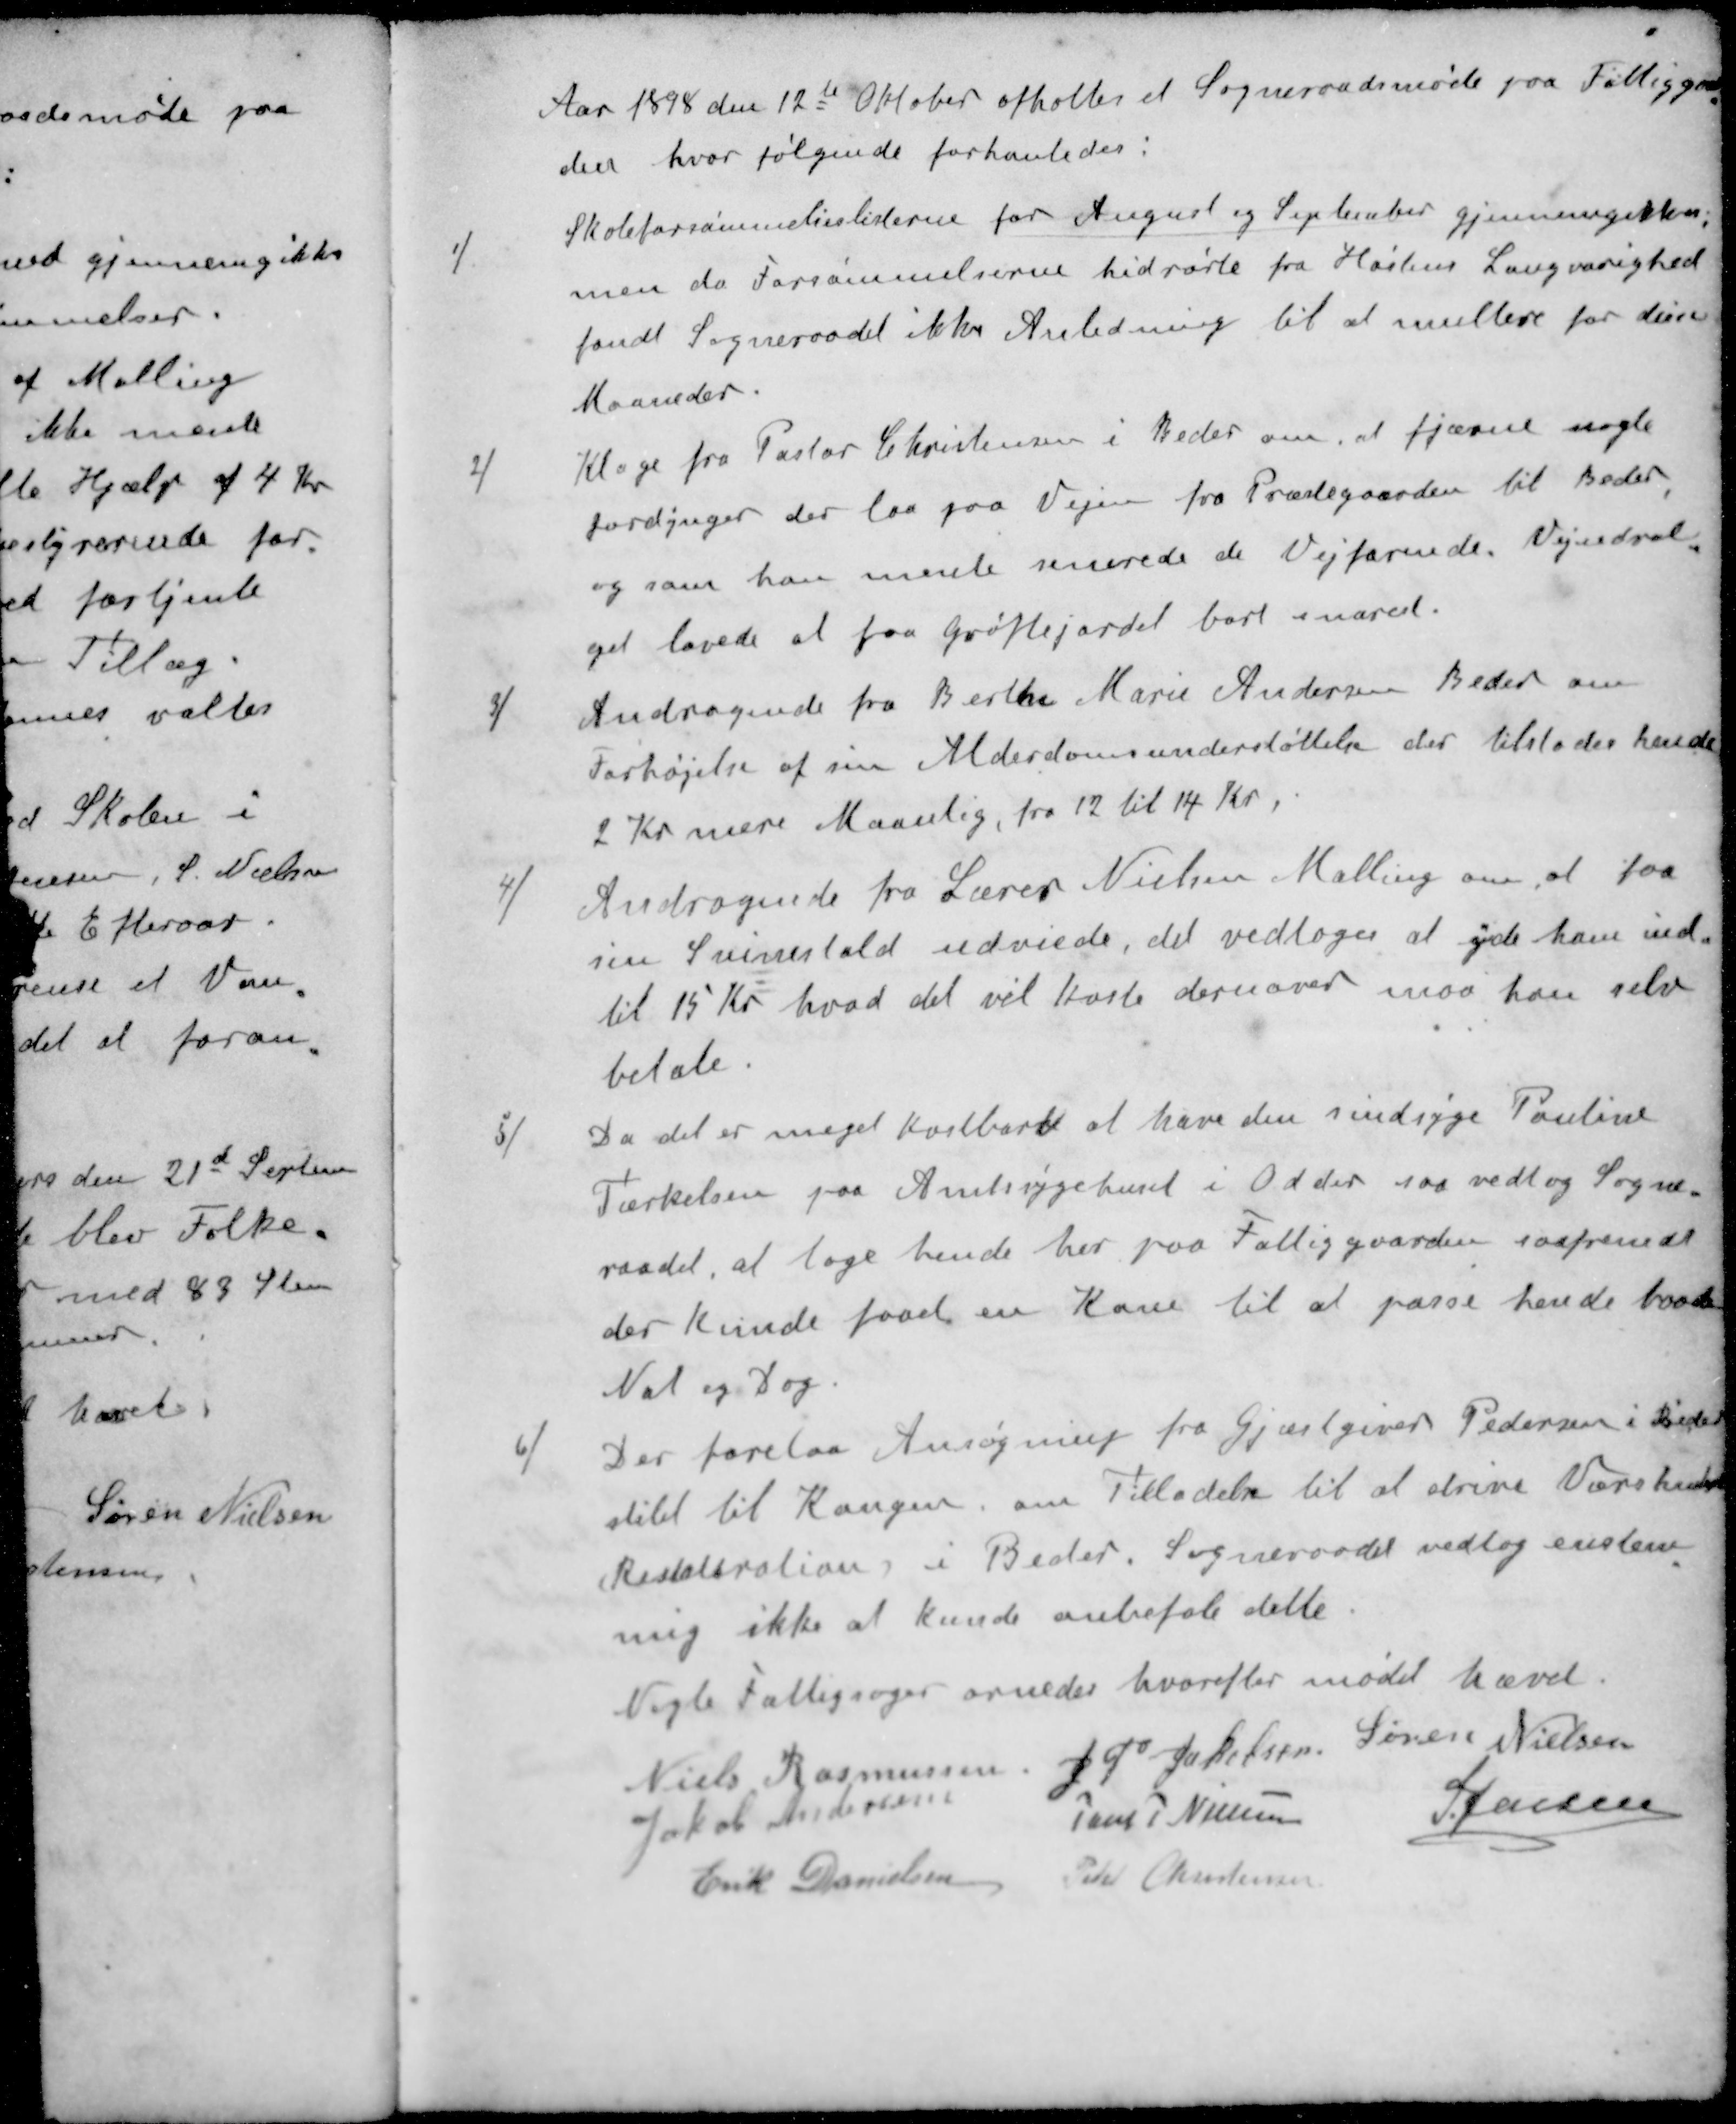
Transskription:
Aar 1898 den 12te Oktober afholtes et Sogneraadsmøde paa Fattiggaa
den hvor følgende forhanledes:
1/ Skoleforsømmelseslisterne for August og September gjennemgikkes,
men da Forsømmelserne hidrørte fra Høstens Langvarighed
fandt Sogneraadet ikke Anledning til at multere for disse
Maaneder.
2/ Klage fra Pastor Christensen i Beder om, at fjærne nogle
Jordynger der laa paa Vejen fra Præstegaarden til Beder,
og som han mente senerede de Vejfarende. Vejudval-
get lovede at faa Grøftejordet bort snarest.
3/ Andragende fra Berthe Marie Andersen Beder om
Forhøjelse af sin Alderdomsunderstøttelse der tilstodes hende
2 Kr mere Maanlig, fra 12 til 14 Kr.
4/ Andragende fra Lærer Nielsen Malling om, at faa
sin Svinestald udviede, det vedtoges at yde ham ind-
til 15 Kr hvad det vil koste dernover maa han selv
betale.
5/ Da det er meget kostbart at have den sindsyge Pouline
Tærkelsen paa Amtssygehuset i Odder saa vedtog Sogne-
raadet, at tage hende her paa Fattiggaarden saafremdt
der kunde faaes en Kone til at passe hende baade
Nat og Dag.
6/ Der forelaa Ansøgning fra Gjæstgiver Pedersen i Beder
stilet til Kongen om Tilladelse til at drive Værshus
Restauration i Beder. Sogneraadet vedtog enstem-
mig ikke at kunde anbefale dette.
Nogle Fattigsager ornedes hvorefter mødet hævet.
Niels Rasmussen
J P Jakobsen
Søren Nielsen
Jakob Andersen
Jens P Nielsen
S Jensen
Erik Danielsen
Peder Christensen